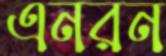
এনরন